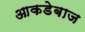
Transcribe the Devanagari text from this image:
आकडेबाज